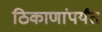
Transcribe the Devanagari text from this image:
ठिकाणांपर्यंत